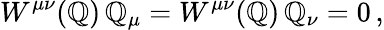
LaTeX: W^{\mu\nu}(\mathbb{Q})\, \mathbb{Q}_{\mu}=W^{\mu\nu}(\mathbb{Q})\, \mathbb{Q}_{\nu}=0\, ,